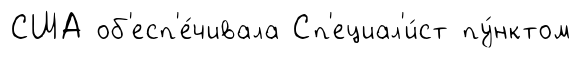
США об'есп'е́чивала Сп'ециал'и́ст пу́нктом